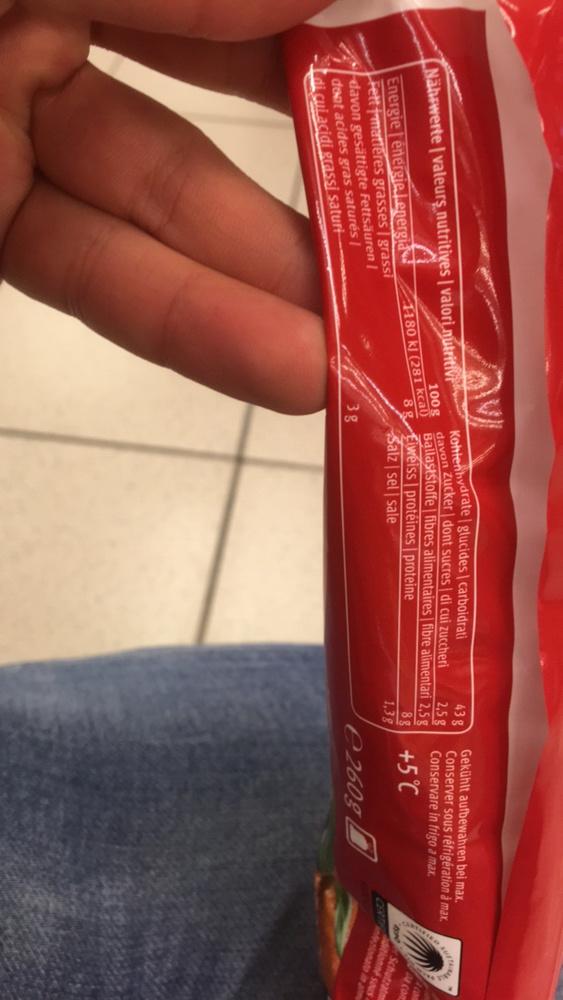
Kohlenhydrate glucides | carboidrati davon Zucker| dont sucres | di cui zuccheri
100 g
1180 kJ (281 kcal) Ballaststoffe | fibres alimentaires | fibre alimentari 2,5 g
8g
1,3g
Nährwerte | valeurs nutritives | valori nutritiv
Energie énergie energia Fett matières grasses | grassi davon gesättigte Fettsäuren | dont acides gras saturés | di cui acidi grassi saturi
3g
Eiweiss protéines | proteine Salz sel sale
43 g
2,5 g
Gekühlt aufbewahren bei max. Conserver sous réfrigération à max.
Conservare in frigo a max.
+5 °C
e2609
Schutzat
ditionné sous